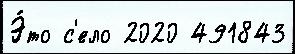
Э́то с'ело 2020 491843